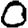
Digit: 0